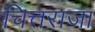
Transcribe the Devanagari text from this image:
चित्तराजा